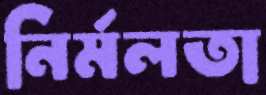
নির্মলতা